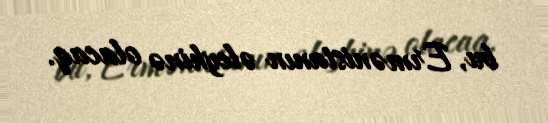
bu, Ermənistanın əleyhinə olacaq.